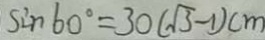
\sin 6 0 ^ { \circ } = 3 0 ( \sqrt { 3 } - 1 ) c m